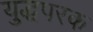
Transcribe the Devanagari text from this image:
युद्धपरक